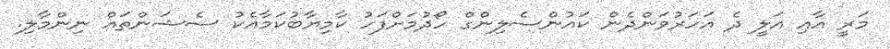
މަރީ އާއި އަލީ ދެ އަހަރުވަންދެން ކައުންސެލިންގް ހޯދުމަށްފަހު ކާމިޔާބުކަމާއެކު ސެޝަންތައް ނިންމާލި.